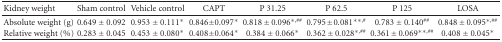
<table><thead><tr><td><b> Kidney weight</b></td><td><b>Sham control</b></td><td><b>Vehicle control</b></td><td><b>CAPT</b></td><td><b>P 31.25</b></td><td><b>P 62.5</b></td><td><b>P 125</b></td><td><b>LOSA</b></td></tr></thead><tbody><tr><td>Absolute weight (g)</td><td>0.649 ± 0.092</td><td>0.953 ± 0.111*</td><td>0.846 ± 0.097*</td><td>0.818 ± 0.096<sup>∗,##</sup></td><td>0.795 ± 0.081<sup>∗∗,#</sup></td><td>0.783 ± 0.140<sup>##</sup></td><td>0.848 ± 0.095<sup>∗,##</sup></td></tr><tr><td>Relative weight (%)</td><td>0.283 ± 0.045</td><td>0.453 ± 0.080*</td><td>0.408 ± 0.064*</td><td>0.384 ± 0.066*</td><td>0.362 ± 0.028<sup>∗,##</sup></td><td>0.361 ± 0.069<sup>∗∗,##</sup></td><td>0.408 ± 0.045*</td></tr></tbody></table>